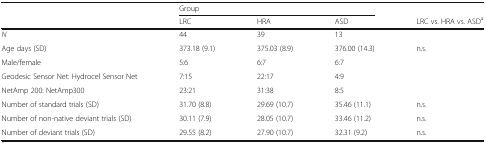
<table><thead><tr><td></td><td colspan="3"><b>Group</b></td><td></td></tr><tr><td></td><td><b>LRC</b></td><td><b>HRA</b></td><td><b>ASD</b></td><td><b>LRC vs. HRA vs. ASD<sup>a</sup></b></td></tr></thead><tbody><tr><td><i>N</i></td><td>44</td><td>39</td><td>13</td><td></td></tr><tr><td>Age days (SD)</td><td>373.18 (9.1)</td><td>375.03 (8.9)</td><td>376.00 (14.3)</td><td>n.s.</td></tr><tr><td>Male/female</td><td>5:6</td><td>6:7</td><td>6:7</td><td></td></tr><tr><td>Geodesic Sensor Net: Hydrocel Sensor Net</td><td>7:15</td><td>22:17</td><td>4:9</td><td></td></tr><tr><td>NetAmp 200: NetAmp300</td><td>23:21</td><td>31:38</td><td>8:5</td><td></td></tr><tr><td>Number of standard trials (SD)</td><td>31.70 (8.8)</td><td>29.69 (10.7)</td><td>35.46 (11.1)</td><td>n.s.</td></tr><tr><td>Number of non-native deviant trials (SD)</td><td>30.11 (7.9)</td><td>28.05 (10.7)</td><td>33.46 (11.2)</td><td>n.s.</td></tr><tr><td>Number of deviant trials (SD)</td><td>29.55 (8.2)</td><td>27.90 (10.7)</td><td>32.31 (9.2)</td><td>n.s.</td></tr></tbody></table>